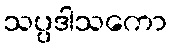
သပ္ပဒါသကော